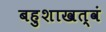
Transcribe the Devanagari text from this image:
बहुशाखत्वं